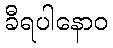
ခီရပါနောဝ